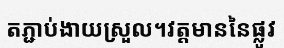
តភ្ជាប់ងាយស្រួល។វត្តមាននៃផ្លូវ